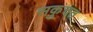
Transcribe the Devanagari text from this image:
सकुचत